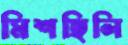
মিশছিলি